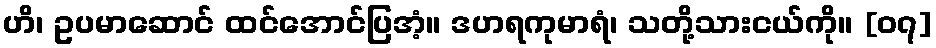
ဟိ၊ ဥပမာဆောင် ထင်အောင်ပြအံ့။ ဒဟရကုမာရံ၊ သတို့သားငယ်ကို။ [၀၇]